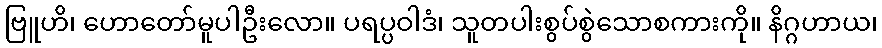
ဗြူဟိ၊ ဟောတော်မူပါဦးလော။ ပရပ္ပဝါဒံ၊ သူတပါးစွပ်စွဲသောစကားကို။ နိဂ္ဂဟာယ၊